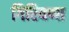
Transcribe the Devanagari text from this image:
गिरियप्पा